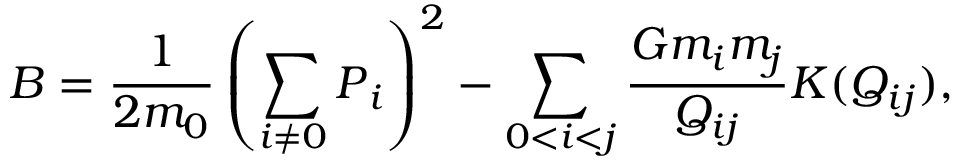
B = \frac { 1 } { 2 m _ { 0 } } \left( \sum _ { i \ne 0 } \boldsymbol { P } _ { i } \right) ^ { 2 } - \sum _ { 0 < i < j } \frac { G m _ { i } m _ { j } } { Q _ { i j } } K ( Q _ { i j } ) ,